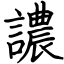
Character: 譨